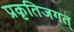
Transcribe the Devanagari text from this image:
प्रकृतिजगत्‌